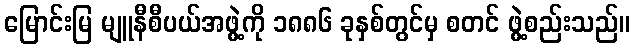
မြောင်းမြ မျူနီစီပယ်အဖွဲ့ကို ၁၈၈၆ ခုနှစ်တွင်မှ စတင် ဖွဲ့စည်းသည်။